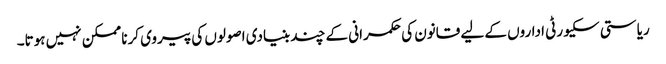
ریاستی سکیورٹی اداروں کے لیے قانون کی حکمرانی کے چند بنیادی اصولوں کی پیروی کرنا ممکن نہیں ہوتا۔